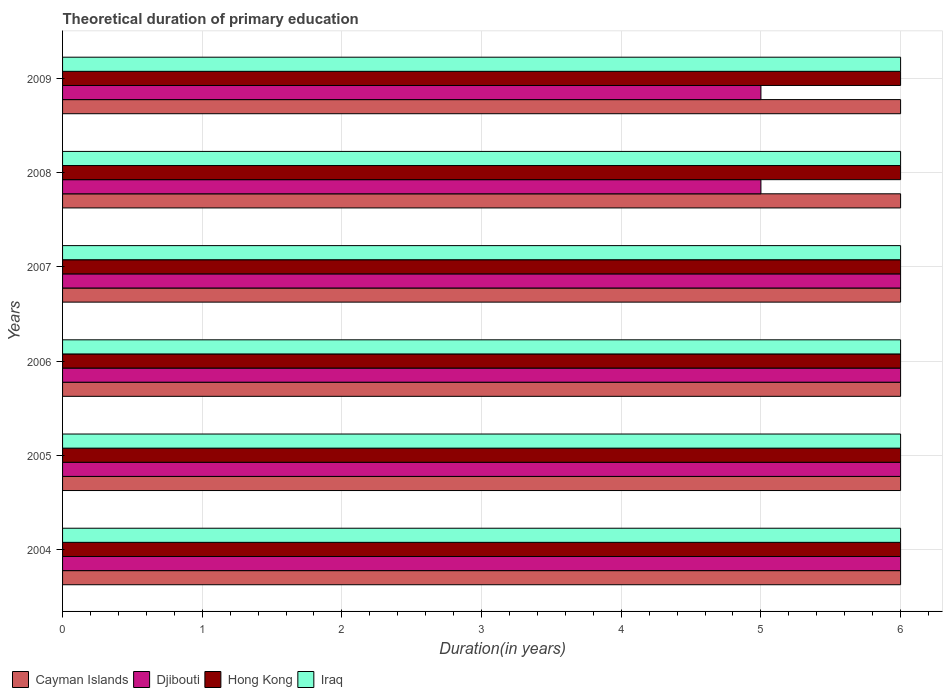
| Years | Cayman Islands | Djibouti | Hong Kong | Iraq |
 | --- | --- | --- | --- | --- |
 | 2004 | 6 | 6 | 6 | 6 |
 | 2005 | 6 | 6 | 6 | 6 |
 | 2006 | 6 | 6 | 6 | 6 |
 | 2007 | 6 | 6 | 6 | 6 |
 | 2008 | 6 | 5 | 6 | 6 |
 | 2009 | 6 | 5 | 6 | 6 |